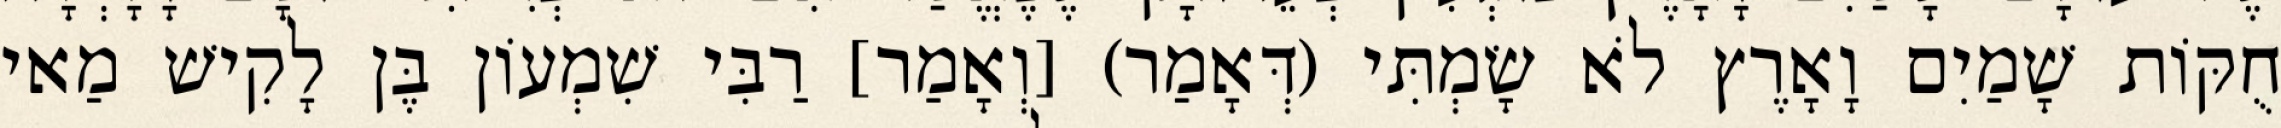
חֻקּוֹת שָׁמַיִם וָאָרֶץ לֹא שָׂמְתִּי (דְּאָמַר) [וְאָמַר] רַבִּי שִׁמְעוֹן בֶּן לָקִישׁ מַאי